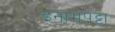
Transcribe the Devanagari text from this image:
इनामपट्टा